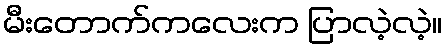
မီးတောက်ကလေးက ပြာလဲ့လဲ့။